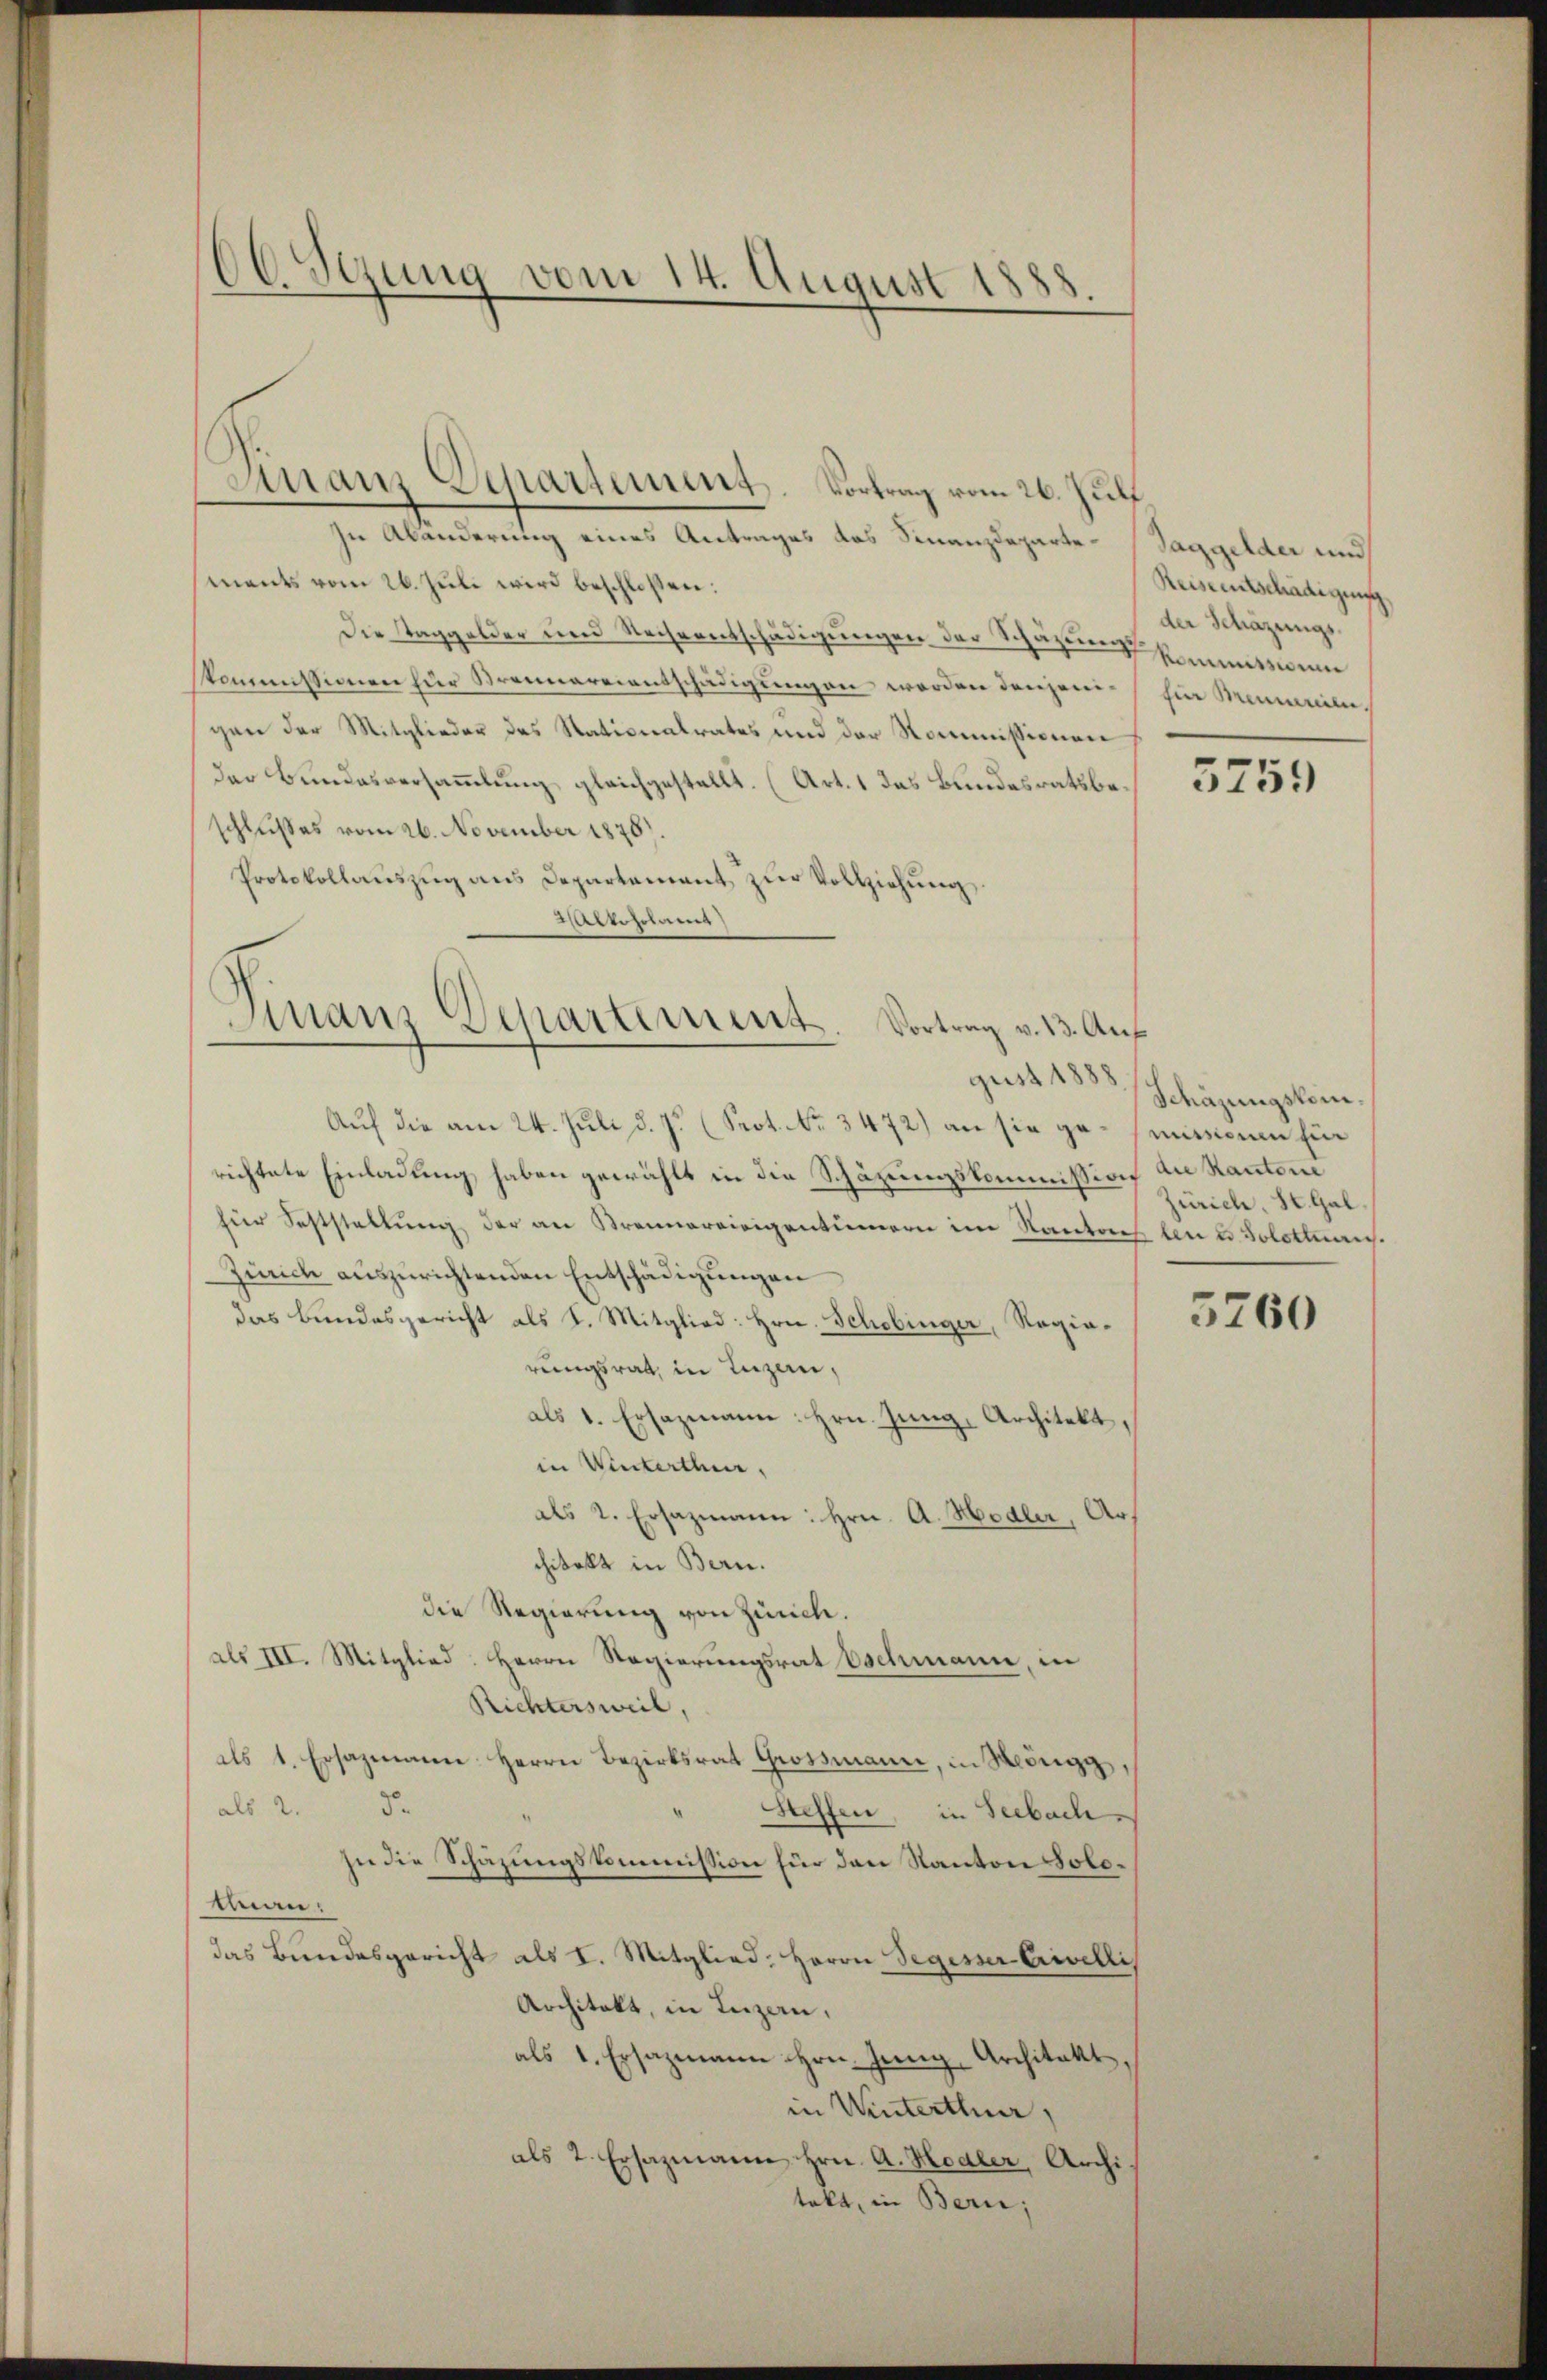
60 Sgung vom 14. August 1888

Finanz-Departement. Vortrag vom 26. Juli,

In Abänderung eines Antrages das Finanzdeparte-Saggelder und
ments vom 26. Juli wird beschlossen:
Die Taggelder und Rechnentschädigungen der Schazung kommtsinn
Kommissionen für Brennereientschädigŭngen werden denjeni- hin Mennen.
gen der Mitglieder des Stationalrates und der Kommissionen
der Bundesversammlung gleichgestellt. (Art. 1 das Bundesratsbe
schlußes vom 26. November 1878).
Protokollaŭszŭg ans Departement zŭr Vollziehŭng
Wettschung
Auf die am 24. Juli d. J. (Seot. No. 3472) an sie gesinnum für
richtete Einladung haben gewählt in die Schäzungskommission die Kantons
für Feststellŭng der an Strennereinigentümern im Kantores len es Solothurn.
Zürich auszurichtenden Entschädigungen
das Bundesgericht als S. Mitglied: Hrn. Schobinger, Ragiorungsrath, in Luzern,
als 1. Ersazmann: Hrn. Jung, Architekt,
in Winterthur,
als 2. Ersazmann: Hrn. A. Hodler, Architekt in Bern.
die Regierung von Zürich.
als III. Mitglied: Herrn Regierungsrat Eschmann, in
Richtersweil,
als 1. Ersazmann Herrn Bezirksrat Großmann, in Möngg,
5.
als 2.
Steffen, in Seebach
In die Schazungskommission fin den Kanton Soloman.
das Bundesgericht als I. Mitglied: Herrn Segesser Crivelli
Architekt, in Luzern,
als 1. Ersazmann Hrn. Jung, Architekt,
in Winterthur,
als 2. Ersazmann Hrn. A. Hodler, Archi
tekt, in Bern;

Finanz Departement. Vortrag v. 13. Auf
gust 1888

Reiseentschädigung.
der Schäzungs-

Schäzungskom¬
Zürich, St. Gal

5760